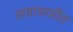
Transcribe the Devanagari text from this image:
सत्ताप्राप्तीत